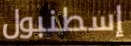
إسطنبول